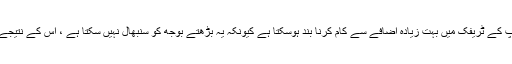
چونکہ ڈیٹا بیس کی اپنی حدود ہوتی ہیں ، لہذا آپ کے ٹریفک میں بہت زیادہ اضافے سے کام کرنا بند ہوسکتا ہے کیونکہ یہ بڑھتے بوجھ کو سنبھال نہیں سکتا ہے ، اس کے نتیجے میں آپ کی ویب سائٹ بھی نیچے جارہی ہے۔